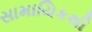
સામાયિકથી